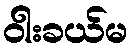
ဝါးခယ်မ